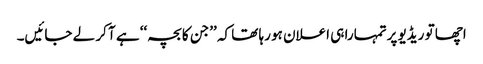
اچھا تو ریڈیو پرتمہارا ہی اعلان ہو رہا تھا کہ ’’جن کا بچہ‘‘ ہے آ کر لے جائیں۔